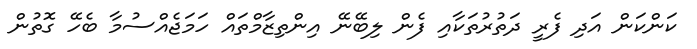
ކަންކަން އަދި ފެރީ ދަތުރުތަކާއި ފެން ލިބޭނޭ އިންތިޒާމްތައް ހަމަޖެއްސުމާ ބެހޭ ގޮތުން